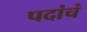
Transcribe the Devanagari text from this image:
पदांचं